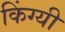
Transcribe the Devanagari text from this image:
किंग्यी